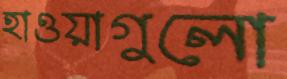
হাওয়াগুলো